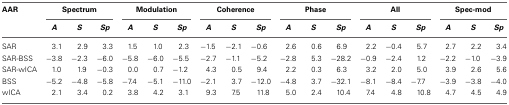
<table><thead><tr><td><b>AAR</b></td><td colspan="3"><b>Spectrum</b></td><td colspan="3"><b>Modulation</b></td><td colspan="3"><b>Coherence</b></td><td colspan="3"><b>Phase</b></td><td colspan="3"><b>All</b></td><td colspan="3"><b>Spec-mod</b></td></tr><tr><td></td><td><b><i>A</i></b></td><td><b><i>S</i></b></td><td><b><i>Sp</i></b></td><td><b><i>A</i></b></td><td><b><i>S</i></b></td><td><b><i>Sp</i></b></td><td><b><i>A</i></b></td><td><b><i>S</i></b></td><td><b><i>Sp</i></b></td><td><b><i>A</i></b></td><td><b><i>S</i></b></td><td><b><i>Sp</i></b></td><td><b><i>A</i></b></td><td><b><i>S</i></b></td><td><b><i>Sp</i></b></td><td><b><i>A</i></b></td><td><b><i>S</i></b></td><td><b><i>Sp</i></b></td></tr></thead><tbody><tr><td>SAR</td><td>3.1</td><td>2.9</td><td>3.3</td><td>1.5</td><td>1.0</td><td>2.3</td><td>−1.5</td><td>−2.1</td><td>−0.6</td><td>2.6</td><td>0.6</td><td>6.9</td><td>2.2</td><td>−0.4</td><td>5.7</td><td>2.7</td><td>2.2</td><td>3.4</td></tr><tr><td>SAR-BSS</td><td>−3.8</td><td>−2.3</td><td>−6.0</td><td>−5.8</td><td>−6.0</td><td>−5.5</td><td>−2.7</td><td>−1.1</td><td>−5.2</td><td>−2.8</td><td>5.3</td><td>−28.2</td><td>−0.9</td><td>−2.4</td><td>1.2</td><td>−2.2</td><td>−1.0</td><td>−3.9</td></tr><tr><td>SAR-wICA</td><td>1.0</td><td>1.9</td><td>−0.3</td><td>0.0</td><td>0.7</td><td>−1.2</td><td>4.3</td><td>0.5</td><td>9.4</td><td>2.2</td><td>0.3</td><td>6.3</td><td>3.2</td><td>2.0</td><td>5.0</td><td>3.9</td><td>2.6</td><td>5.6</td></tr><tr><td>BSS</td><td>−5.2</td><td>−4.8</td><td>−5.8</td><td>−7.4</td><td>−5.1</td><td>−11.0</td><td>−2.1</td><td>3.7</td><td>−12.0</td><td>−4.8</td><td>3.7</td><td>−32.1</td><td>−8.1</td><td>−8.4</td><td>−7.7</td><td>−3.9</td><td>−3.8</td><td>−4.0</td></tr><tr><td>wICA</td><td>2.1</td><td>3.4</td><td>0.2</td><td>3.8</td><td>4.2</td><td>3.1</td><td>9.3</td><td>7.5</td><td>11.8</td><td>5.0</td><td>2.4</td><td>10.4</td><td>7.4</td><td>4.8</td><td>10.8</td><td>4.7</td><td>4.5</td><td>4.9</td></tr></tbody></table>